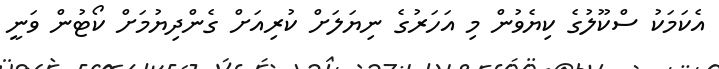
އެކަމަކު ސްކޫލުގެ ކިޔެވުން މި އަހަރުގެ ނިޔަލަށް ކުރިއަށް ގެންދިޔުމަށް ކޯޓުން ވަނީ